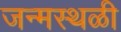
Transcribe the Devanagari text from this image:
जन्मस्थळी